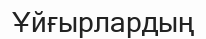
Ұйғырлардың